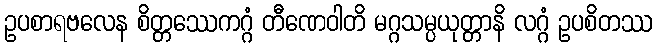
ဥပစာရဗလေန စိတ္တဿေကဂ္ဂံ တီဏေဝါတိ မဂ္ဂသမ္ပယုတ္တာနိ လဂ္ဂံ ဥပစိတဿ